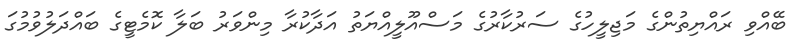
ބޭއްވި ރައްޔިތުންގެ މަޖިލީހުގެ ސަރުކާރުގެ މަސްއޫލީއްޔަތު އަދާކުރާ މިންވަރު ބަލާ ކޮމެޓީގެ ބައްދަލުވުމުގަ